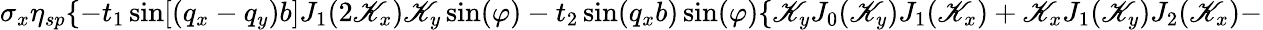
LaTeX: \sigma_{x}\eta_{sp}\{ -t_{1}\sin[(q_{x}-q_{y})b]J_{1}(2\mathscr{K}_{x})\mathscr{K}_{y}\sin(\varphi)-t_{2}\sin(q_{x}b)\sin(\varphi)\{ \mathscr{K}_{y}J_{0}(\mathscr{K}_{y})J_{1}(\mathscr{K}_{x})+\mathscr{K}_{x}J_{1}(\mathscr{K}_{y})J_{2}(\mathscr{K}_{x})-